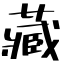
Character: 藏